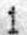
1